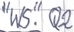
Text: "WS".Q2